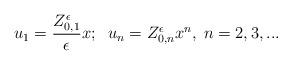
LaTeX: \begin{align*}u_1=\frac{Z_{0,1}^{\epsilon}}{\epsilon} x; \;\;u_n=Z_{0,n}^{\epsilon} x^n,\; n=2,3,... \end{align*}